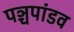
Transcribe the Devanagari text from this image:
पञ्चपांडव